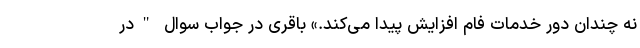
نه چندان دور خدمات فام افزایش پیدا می‌کند.» باقری در جواب سوال "در